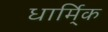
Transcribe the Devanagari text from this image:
धार्मि्क